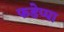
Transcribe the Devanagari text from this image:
फडेप्पा